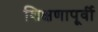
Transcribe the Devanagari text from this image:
शिक्षणापूर्वी